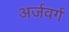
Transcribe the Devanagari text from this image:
अर्जवर्ग